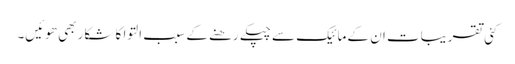
کئی تقریبات ان کے مائیک سے چپکے رھنے کے سبب التوا کا شکار بھی ھوئیں۔